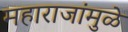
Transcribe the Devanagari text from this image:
महाराजांमुळे